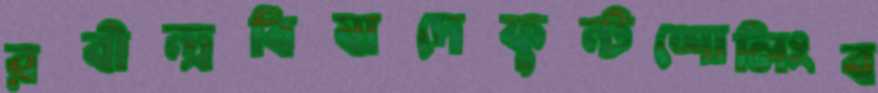
রবীন্দ্রবিষাদেফুন্টশোলিংব